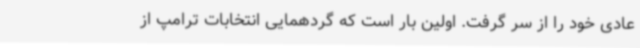
عادی خود را از سر گرفت. اولین بار است که گردهمایی انتخابات ترامپ از